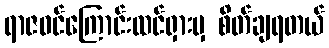
ရာဇဝင်ကြောင်းထင်ရှားမှ စိတ်ချရတယ်